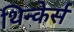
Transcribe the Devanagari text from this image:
थिन्केर्स